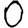
Digit: 0